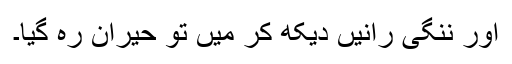
اور ننگی رانیں دیکھ کر میں تو حیران رہ گیا۔